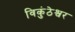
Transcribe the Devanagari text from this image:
विकुंठेश्वर